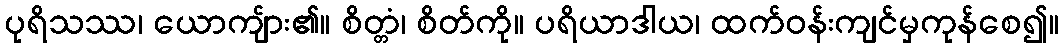
ပုရိသဿ၊ ယောကျ်ား၏။ စိတ္တံ၊ စိတ်ကို။ ပရိယာဒါယ၊ ထက်ဝန်းကျင်မှကုန်စေ၍။